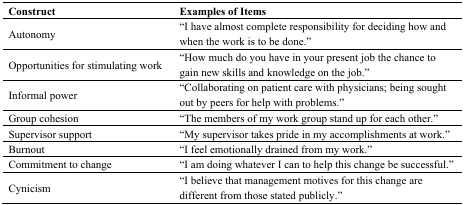
| Construct | Examples of Items |
 | --- | --- |
 | Autonomy | “I have almost complete responsibility for deciding how and when the work is to be done.” |
 | Opportunities for stimulating work | “How much do you have in your present job the chance to gain new skills and knowledge on the job.” |
 | Informal power | “Collaborating on patient care with physicians; being sought out by peers for help with problems.” |
 | Group cohesion | “The members of my work group stand up for each other.” |
 | Supervisor support | “My supervisor takes pride in my accomplishments at work.” |
 | Burnout | “I feel emotionally drained from my work.” |
 | Commitment to change | “I am doing whatever I can to help this change be successful.” |
 | Cynicism | “I believe that management motives for this change are different from those stated publicly.” |